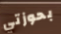
بحوزتي